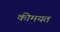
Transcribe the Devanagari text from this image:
कीमयत